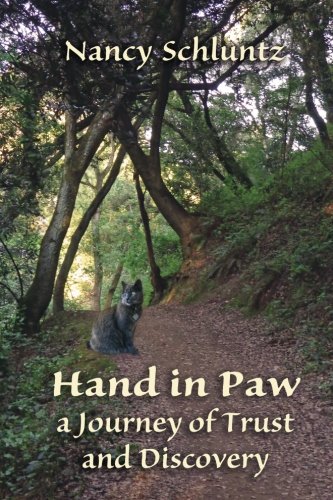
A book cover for Hand in Paw: A Journey of Trust and Discovery; Nancy Schluntz; Crafts, Hobbies & Home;